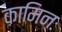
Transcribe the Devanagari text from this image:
कामिनः